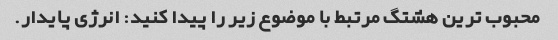
محبوب ترین هشتگ مرتبط با موضوع زیر را پیدا کنید: انرژی پایدار.